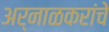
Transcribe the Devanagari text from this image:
अर्नाळकरांचे